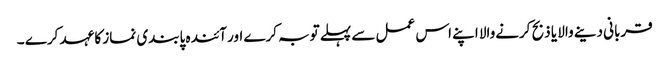
قربانی دینے والا یا ذبح کرنےوالا اپنے اس عمل سے پہلے توبہ کرے اور آئندہ پابندی نماز کا عہد کرے ۔